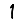
Digit: 1